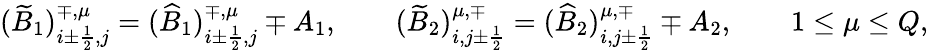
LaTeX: \begin{array}{r}{(\widetilde B_{1})_{i\pm\frac{1}{2},j}^{\mp,\mu}=(\widehat B_{1})_{i\pm\frac{1}{2},j}^{\mp,\mu}\mp A_{1},\qquad(\widetilde B_{2})_{i,j\pm\frac{1}{2}}^{\mu,\mp}=(\widehat B_{2})_{i,j\pm\frac{1}{2}}^{\mu,\mp}\mp A_{2},\qquad 1\leq\mu\leq Q,}\end{array}